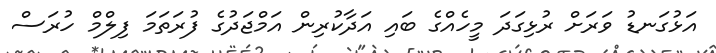
އަޅުގަނޑު ވަރަށް ރުޅިގަދަ މީހެއްގެ ބައި އަދާކުރިން އަމްޖަދުގެ ފުރަތަމަ ފިލްމް ހުރަސް